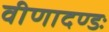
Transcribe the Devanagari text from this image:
वीणादण्डः